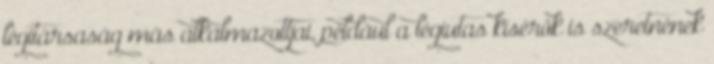
légitársaság más alkalmazottjai, például a légiutas kísérők is szeretnének